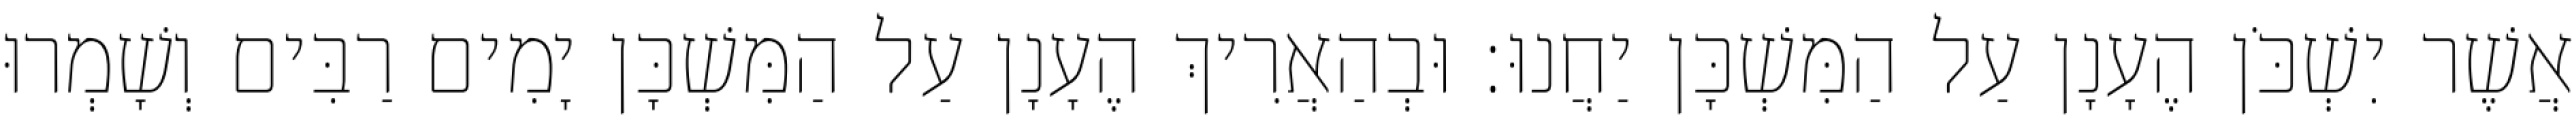
אֲשֶׁר יִשְׁכֹּן הֶעָנָן עַל הַמִּשְׁכָּן יַחֲנוּ׃ וּבְהַאֲרִיךְ הֶעָנָן עַל הַמִּשְׁכָּן יָמִים רַבִּים וְשָׁמְרוּ